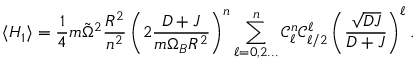
\langle H _ { 1 } \rangle = \frac { 1 } { 4 } m \tilde { \Omega } ^ { 2 } \frac { R ^ { 2 } } { n ^ { 2 } } \left( 2 \frac { D + J } { m \Omega _ { B } R ^ { 2 } } \right) ^ { n } \sum _ { \ell = 0 , 2 . . . } ^ { n } \mathcal { C } _ { \ell } ^ { n } \mathcal { C } _ { \ell / 2 } ^ { \ell } \left( \frac { \sqrt { D J } } { D + J } \right) ^ { \ell } .